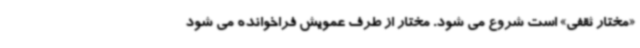
«مختار ثقفی» است شروع می شود. مختار از طرف عمویش فراخوانده می شود